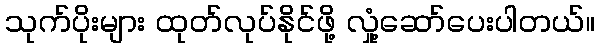
သုက်ပိုးများ ထုတ်လုပ်နိုင်ဖို့ လှုံ့ဆော်ပေးပါတယ်။